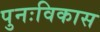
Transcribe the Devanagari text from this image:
पुनःविकास